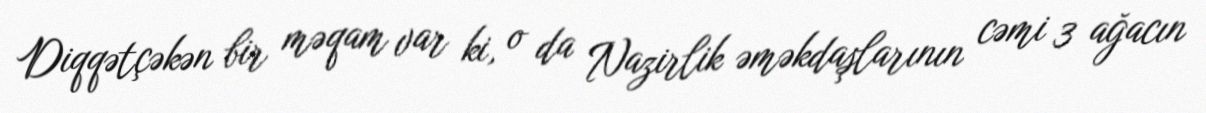
Diqqətçəkən bir məqam var ki, o da Nazirlik əməkdaşlarının cəmi 3 ağacın